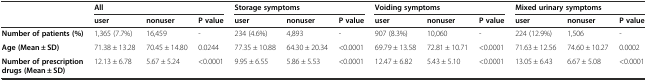
| <ROWSPAN=2>  | <COLSPAN=3> All | <COLSPAN=3> Storage symptoms | <COLSPAN=3> Voiding symptoms | <COLSPAN=3> Mixed urinary symptoms |
 | user | nonuser | P value | user | nonuser | P value | user | nonuser | P value | user | nonuser | P value |
 | --- | --- | --- | --- | --- | --- | --- | --- | --- | --- | --- | --- | --- |
 | Number of patients (%) | 1,365 (7.7%) | 16,459 | - | 234 (4.6%) | 4,893 | - | 907 (8.3%) | 10,060 | - | 224 (12.9%) | 1,506 | - |
 | Age (Mean ± SD) | 71.38 ± 13.28 | 70.45 ± 14.80 | 0.0244 | 77.35 ± 10.88 | 64.30 ± 20.34 | <0.0001 | 69.79 ± 13.58 | 72.81 ± 10.71 | <0.0001 | 71.63 ± 12.56 | 74.60 ± 10.27 | 0.0002 |
 | Number of prescription drugs (Mean ± SD) | 12.13 ± 6.78 | 5.67 ± 5.24 | <0.0001 | 9.95 ± 6.55 | 5.86 ± 5.53 | <0.0001 | 12.47 ± 6.82 | 5.43 ± 5.10 | <0.0001 | 13.05 ± 6.43 | 6.67 ± 5.08 | <0.0001 |